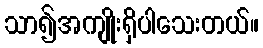
သာ၍အကျိုးရှိပါသေးတယ်။